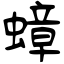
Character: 蟑